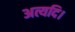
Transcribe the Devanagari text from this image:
अत्यदि।